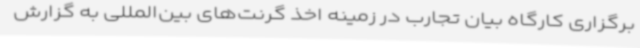
برگزاری کارگاه بیان تجارب در زمینه اخذ گرنت‌های بین‌المللی به گزارش